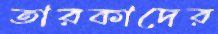
তারকাদের